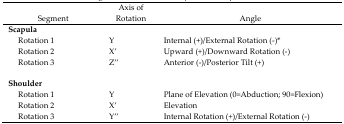
<table><thead><tr><td><b>Segment</b></td><td><b>Axis of Rotation</b></td><td><b>Angle</b></td></tr></thead><tbody><tr><td colspan="3"><b>Scapula</b></td></tr><tr><td> Rotation 1</td><td>Y</td><td>Internal (+)/External Rotation (−)*</td></tr><tr><td> Rotation 2</td><td>X′</td><td>Upward (+)/Downward Rotation (−)</td></tr><tr><td> Rotation 3</td><td>Z′′</td><td>Anterior (−)/Posterior Tilt (+)</td></tr><tr><td colspan="3"><b>Shoulder</b></td></tr><tr><td> Rotation 1</td><td>Y</td><td>Plane of Elevation (0=Abduction; 90=Flexion)</td></tr><tr><td> Rotation 2</td><td>X′</td><td>Elevation</td></tr><tr><td> Rotation 3</td><td>Y′′</td><td>Internal Rotation (+)/External Rotation (−)</td></tr></tbody></table>